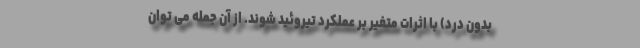
بدون درد) با اثرات متغیر بر عملکرد تیروئید شوند. از آن جمله می توان